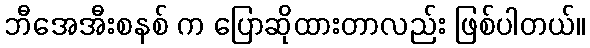
ဘီအေအီးစနစ် က ပြောဆိုထားတာလည်း ဖြစ်ပါတယ်။